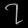
Digit: ၇